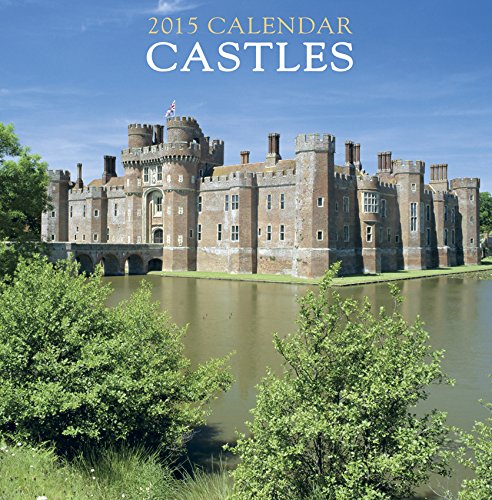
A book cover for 2015 Calendar: Castles: 12-Month Calendar Featuring Wonderful Photography And Space In Write In Key Events; Peony Press; Calendars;